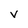
Character: v